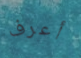
أعرف